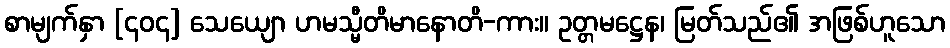
စာမျက်နှာ [၄၀၄] သေယျော ဟမသ္မီတိမာနောတိ-ကား။ ဥတ္တမဋ္ဌေန၊ မြတ်သည်၏ အဖြစ်ဟူသော